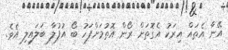
އޭނާ އެތައް އިރަކު އެގޮތަށް ރޯން އޮތުމަށްފަހު ބޯ އުފުލާ ބަލައިލި އެވެ.